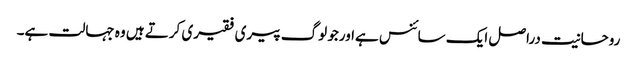
روحانیت دراصل ایک سائنس ہےاورجو لوگ پیری فقیری کرتے ہیں وہ جہالت ہے۔